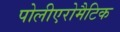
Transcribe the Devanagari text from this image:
पोलीएरोमैटिक